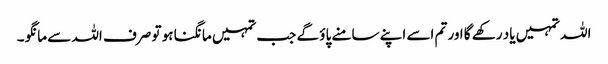
اللہ تمہیں یاد رکھے گا اور تم اسے اپنے سامنے پاؤ گے جب تمہیں مانگنا ہو تو صرف اللہ سے مانگو ۔